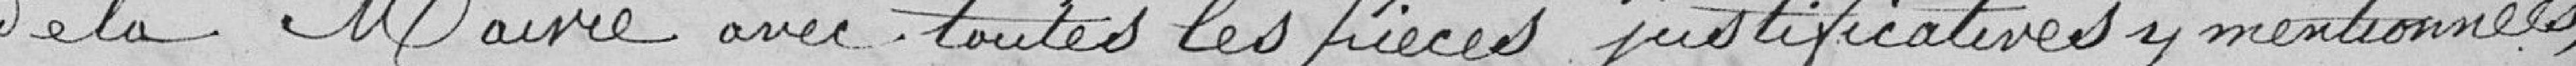
de la Mairie avec toutes les pièces justificatives mentionnées,